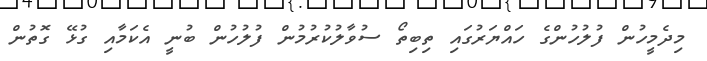
މިދެމީހުން ފުލުހުންގެ ހައްޔަރުގައި ތިބިތޯ ސުވާލުކުރުމުން ފުލުހުން ބުނީ އެކަމާއި ގުޅޭ ގޮތުން